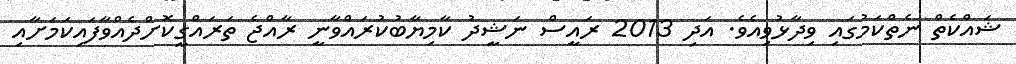
ޝައްކެތް ނެތްކަމުގައި ވިދާޅުވިއެވެ. އަދި 2013 ރައީސް ނަޝީދު ކާމިޔާބުކުރައްވާނީ ރާއްޖެ ތަރައްގީކޮށްދެއްވާފައިކަމަށާއި